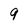
Character: 9